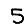
Digit: 5